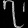
Digit: ၇